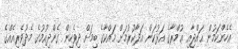
އެހެންކަމުން ޙައްޖާއި ޢުމްރާގެ އަޅުކަން އަދާކުރުމަށް މައްކާގެ ބިމަށް ދިވެހިން ގެންދިއުމުގެ މެދުވެރިއެއްގެ